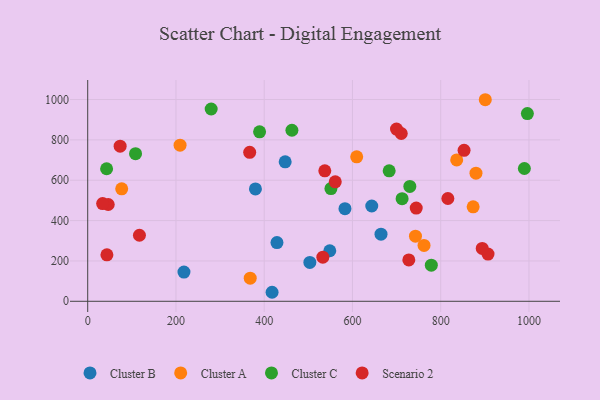
{"axis": {"x": "Distance", "y": "Fuel Efficiency"}, "legend": ["Cluster A", "Cluster B", "Cluster C", "Scenario 2"], "data": [{"x": "503.4", "y": 192.8, "type": "Cluster B"}, {"x": "447.5", "y": 691.1, "type": "Cluster B"}, {"x": "583.0", "y": 458.8, "type": "Cluster B"}, {"x": "428.9", "y": 291.2, "type": "Cluster B"}, {"x": "664.7", "y": 332.7, "type": "Cluster B"}, {"x": "643.7", "y": 472.2, "type": "Cluster B"}, {"x": "548.6", "y": 250.6, "type": "Cluster B"}, {"x": "380.1", "y": 557.0, "type": "Cluster B"}, {"x": "417.8", "y": 44.7, "type": "Cluster B"}, {"x": "218.1", "y": 144.7, "type": "Cluster B"}, {"x": "368.3", "y": 114.8, "type": "Cluster A"}, {"x": "77.0", "y": 557.3, "type": "Cluster A"}, {"x": "873.5", "y": 468.4, "type": "Cluster A"}, {"x": "609.6", "y": 716.0, "type": "Cluster A"}, {"x": "901.0", "y": 999.0, "type": "Cluster A"}, {"x": "209.3", "y": 773.6, "type": "Cluster A"}, {"x": "762.2", "y": 276.9, "type": "Cluster A"}, {"x": "742.8", "y": 322.8, "type": "Cluster A"}, {"x": "836.2", "y": 700.5, "type": "Cluster A"}, {"x": "879.9", "y": 634.8, "type": "Cluster A"}, {"x": "551.2", "y": 558.7, "type": "Cluster C"}, {"x": "108.4", "y": 731.6, "type": "Cluster C"}, {"x": "279.8", "y": 953.1, "type": "Cluster C"}, {"x": "989.6", "y": 658.1, "type": "Cluster C"}, {"x": "683.2", "y": 646.7, "type": "Cluster C"}, {"x": "778.7", "y": 179.2, "type": "Cluster C"}, {"x": "462.8", "y": 847.6, "type": "Cluster C"}, {"x": "42.8", "y": 657.0, "type": "Cluster C"}, {"x": "712.5", "y": 508.5, "type": "Cluster C"}, {"x": "389.5", "y": 840.0, "type": "Cluster C"}, {"x": "996.4", "y": 930.5, "type": "Cluster C"}, {"x": "730.0", "y": 569.1, "type": "Cluster C"}, {"x": "537.3", "y": 646.8, "type": "Scenario 2"}, {"x": "43.5", "y": 230.1, "type": "Scenario 2"}, {"x": "46.5", "y": 479.8, "type": "Scenario 2"}, {"x": "367.1", "y": 738.4, "type": "Scenario 2"}, {"x": "907.2", "y": 233.9, "type": "Scenario 2"}, {"x": "727.7", "y": 205.2, "type": "Scenario 2"}, {"x": "532.9", "y": 218.5, "type": "Scenario 2"}, {"x": "710.6", "y": 831.7, "type": "Scenario 2"}, {"x": "816.2", "y": 509.5, "type": "Scenario 2"}, {"x": "894.1", "y": 261.8, "type": "Scenario 2"}, {"x": "744.5", "y": 462.1, "type": "Scenario 2"}, {"x": "561.0", "y": 592.1, "type": "Scenario 2"}, {"x": "73.5", "y": 769.0, "type": "Scenario 2"}, {"x": "699.8", "y": 853.6, "type": "Scenario 2"}, {"x": "117.2", "y": 327.2, "type": "Scenario 2"}, {"x": "852.9", "y": 748.4, "type": "Scenario 2"}, {"x": "33.8", "y": 484.4, "type": "Scenario 2"}]}